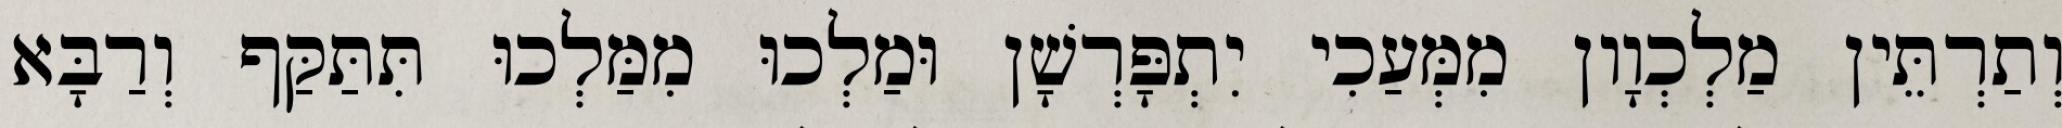
וְתַרְתֵּין מַלְכְוָון מִמְּעַכִי יִתְפָּרְשָׁן וּמַלְכוּ מִמַּלְכוּ תִּתַּקַּף וְרַבָּא